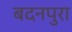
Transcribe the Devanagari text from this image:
बदनपुरा